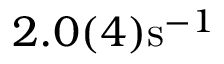
\ensuremath { 2 . 0 ( 4 ) \mathrm { s } ^ { - 1 } }